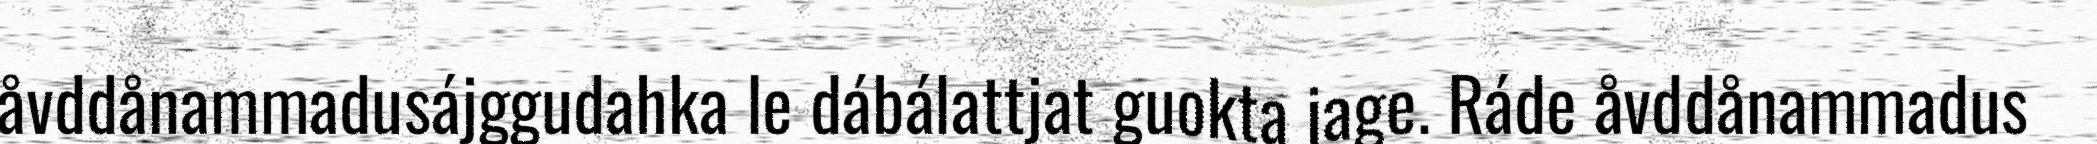
åvddånammadusájggudahka le dábálattjat guokta jage. Ráde åvddånammadus